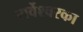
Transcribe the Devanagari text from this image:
सर्वेश्वरका